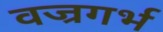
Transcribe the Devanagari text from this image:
वज्रगर्भ